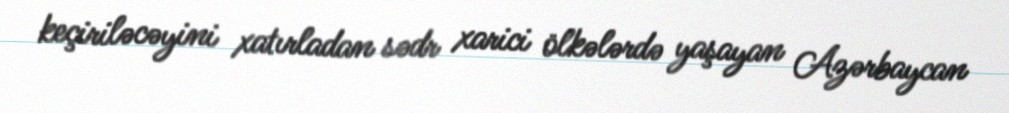
keçiriləcəyini xatırladan sədr xarici ölkələrdə yaşayan Azərbaycan